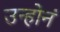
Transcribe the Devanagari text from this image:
उन्होनं